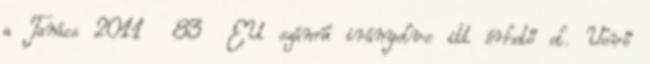
a Tanács 2011 83 EU számú irányelve itt érhető el. Vevő